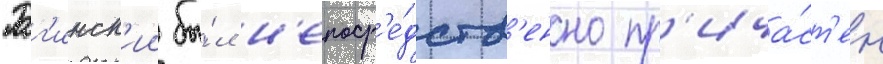
Рог'инск'ии бы́л н'епоср'е́дств'енно пр'ича́ст'ен